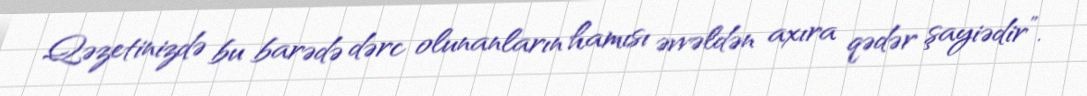
Qəzetinizdə bu barədə dərc olunanların hamısı əvvəldən axıra qədər şayiədir”.